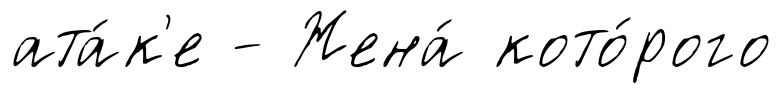
ата́к'е - Жена́ кото́рого